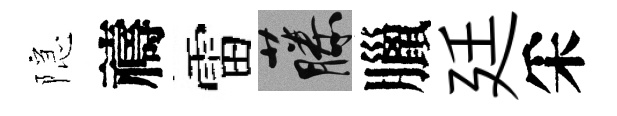
隠禱雷藤臘廷采